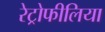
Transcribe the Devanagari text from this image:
रेट्रोफीलिया